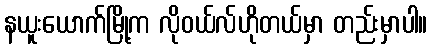
နယူးယောက်မြို့က လိုဝယ်လ်ဟိုတယ်မှာ တည်းမှာပါ။